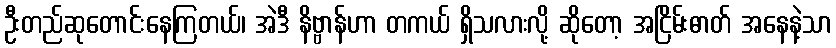
ဦးတည်ဆုတောင်းနေကြတယ်၊ အဲဒီ နိဗ္ဗာန်ဟာ တကယ် ရှိသလားလို့ ဆိုတော့ အငြိမ်းဓာတ် အနေနဲ့သာ